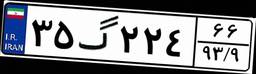
۳۵گ۲۲۴۶۶